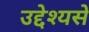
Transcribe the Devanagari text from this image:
उद्देश्‍यसे